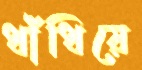
ধাঁধিয়ে